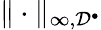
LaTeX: \| \cdot\| _{\infty,\mathcal{D}^{\bullet}}